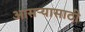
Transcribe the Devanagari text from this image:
आसऱ्यासाठी